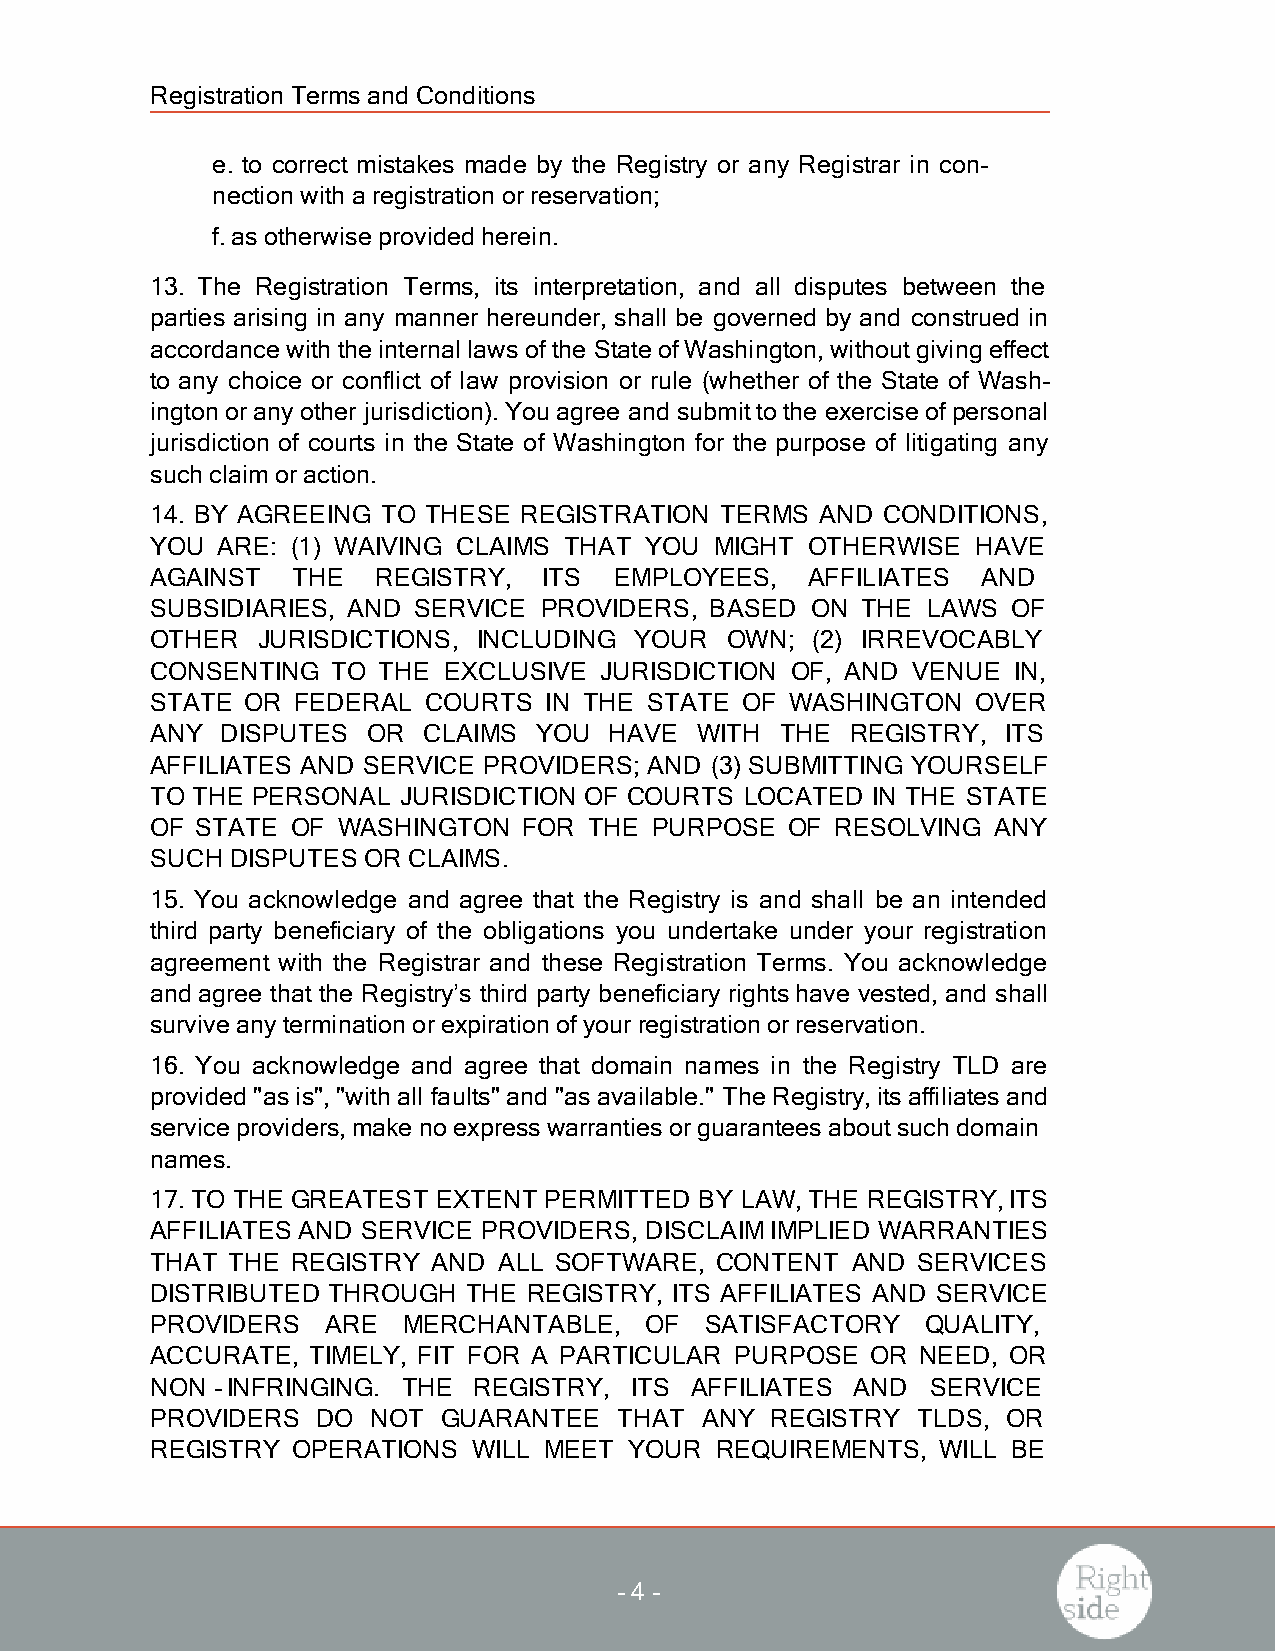
Registration Termsand Conditions
 e. to correct mistakes made by the Registry or any Registrar in con-
 nection with a registration orreservation;
 f.asotherwise provided herein.
 13. The Registration Terms, its interpretation, and all disputes between the
 parties arising in any manner hereunder, shall be governed by and construed in
 accordance with the internal lawsofthe State ofWashington,withoutgiving effect
 to any choice or conflict of law provision or rule (whether of the State of Wash-
 ington oranyother jurisdiction).You agree and submitto the exercise ofpersonal
 jurisdiction of courts in the State of Washington for the purpose of litigating any
 such claimoraction.
 14. BY AGREEING TO THESE REGISTRATION TERMS AND CONDITIONS,
 YOU ARE: (1) WAIVING CLAIMS THAT YOU MIGHT OTHERWISE   HAVE
 AGAINST  THE   REGISTRY,  ITS  EMPLOYEES,  AFFILIATES  AND
 SUBSIDIARIES, AND SERVICE PROVIDERS, BASED  ON THE LAWS  OF
 OTHER  JURISDICTIONS, INCLUDING YOUR  OWN;  (2) IRREVOCABLY
 CONSENTING  TO THE EXCLUSIVE  JURISDICTION OF, AND VENUE IN,
 STATE OR FEDERAL  COURTS  IN THE STATE OF WASHINGTON   OVER
 ANY  DISPUTES OR  CLAIMS YOU  HAVE  WITH  THE REGISTRY,  ITS
 AFFILIATES AND SERVICE PROVIDERS; AND (3) SUBMITTING YOURSELF
 TO THE PERSONAL JURISDICTION OF COURTS LOCATED  IN THE STATE
 OF STATE OF WASHINGTON   FOR THE PURPOSE  OF RESOLVING  ANY
 SUCH DISPUTES OR CLAIMS.
 15. You acknowledge and agree that the Registry is and shall be an intended
 third party beneficiary of the obligations you undertake under your registration
 agreement with the Registrar and these Registration Terms. You acknowledge
 and agree that the Registry’s third party beneficiary rightshave vested, and shall
 survive anytermination orexpiration ofyourregistration orreservation.
 16. You acknowledge and agree that domain names in the Registry TLD are
 provided "asis","with all faults" and "asavailable." The Registry,itsaffiliatesand
 service providers,make no expresswarrantiesorguaranteesaboutsuch domain
 names.
 17.TO THE GREATEST EXTENT PERMITTED BY LAW,THE REGISTRY,ITS
 AFFILIATES AND SERVICE PROVIDERS, DISCLAIMIMPLIED WARRANTIES
 THAT THE REGISTRY  AND ALL SOFTWARE, CONTENT  AND  SERVICES
 DISTRIBUTED THROUGH  THE REGISTRY, ITS AFFILIATES AND SERVICE
 PROVIDERS   ARE  MERCHANTABLE,   OF  SATISFACTORY  QUALITY,
 ACCURATE, TIMELY, FIT FOR A PARTICULAR PURPOSE  OR NEED, OR
 NON‐INFRINGING.  THE REGISTRY,  ITS AFFILIATES AND  SERVICE
 PROVIDERS  DO  NOT GUARANTEE   THAT ANY  REGISTRY  TLDS, OR
 REGISTRY OPERATIONS  WILL MEET  YOUR REQUIREMENTS,  WILL BE
 -4 -